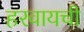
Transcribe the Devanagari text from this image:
हरवायची